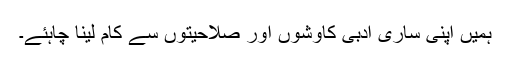
ہمیں اپنی ساری ادبی کاوشوں اور صلاحیتوں سے کام لینا چاہئے۔